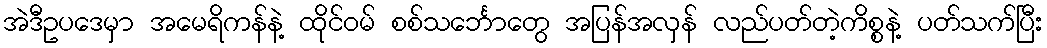
အဲဒီဥပဒေမှာ အမေရိကန်နဲ့ ထိုင်ဝမ် စစ်သင်္ဘောတွေ အပြန်အလှန် လည်ပတ်တဲ့ကိစ္စနဲ့ ပတ်သက်ပြီး